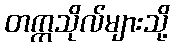
တက္ကသိုလ်များသို့